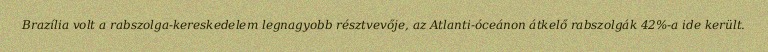
Brazília volt a rabszolga-kereskedelem legnagyobb résztvevője, az Atlanti-óceánon átkelő rabszolgák 42%-a ide került.